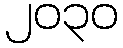
၂၀၃၀